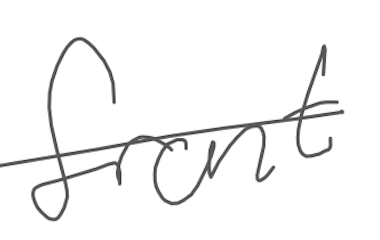
Text: front
Cross-out: single-line
Writing tool: digital_gray